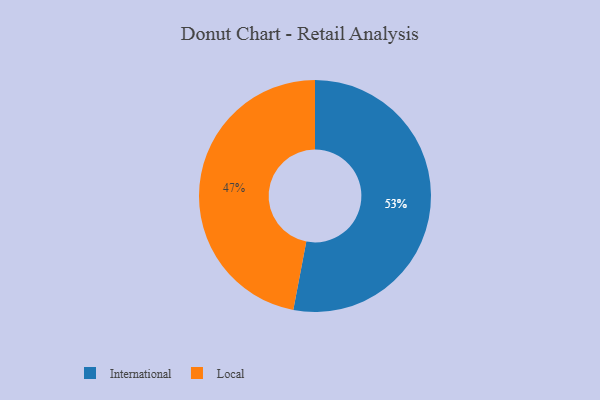
{"axis": {"x": "Category", "y": "Percentage"}, "legend": ["International", "Local"], "data": [{"x": "Local", "y": 47, "type": "Local"}, {"x": "International", "y": 53, "type": "International"}]}